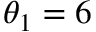
\theta _ { 1 } = 6